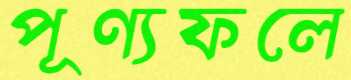
পূণ্যফলে